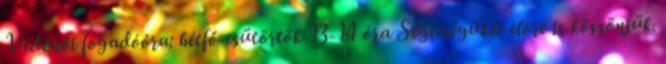
Védőnői fogadóóra: hétfő-csütörtök 13-14 óra Segítségüket előre is köszönjük.